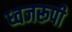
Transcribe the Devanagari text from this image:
ध्वजरूपी